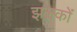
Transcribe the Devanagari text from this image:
झलकों